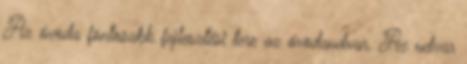
Az óvoda fontosabb fejlesztési tere az óvodaudvar. Az udvar